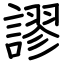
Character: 謬